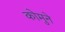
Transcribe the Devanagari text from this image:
कोमुने